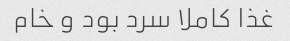
غذا کاملا سرد بود و خام